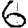
Digit: 6